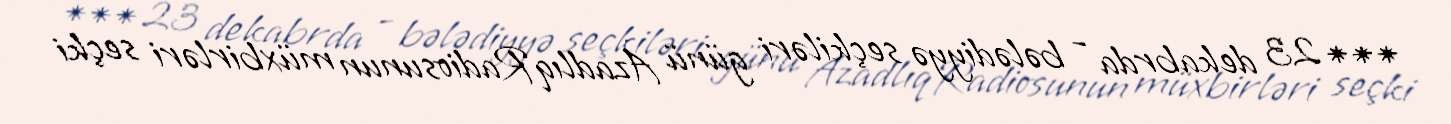
*** 23 dekabrda - bələdiyyə seçkiləri günü AzadlıqRadiosunun müxbirləri seçki